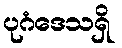
ပုဂံဒေသရှိ